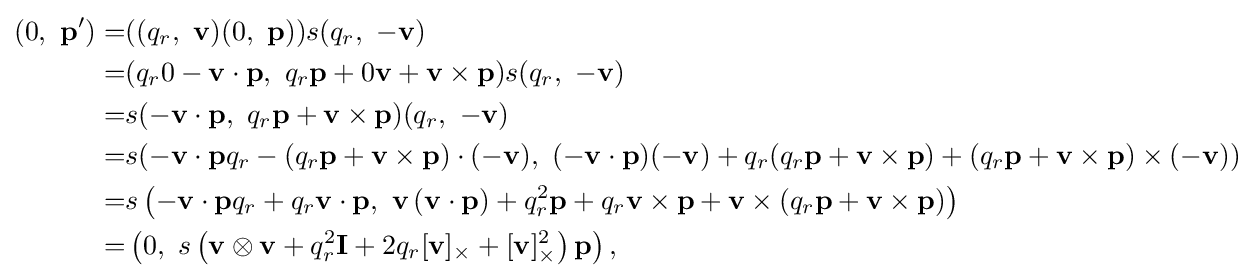
{\begin{aligned}(0,\ \mathbf {p} ')=&((q_{r},\ \mathbf {v} )(0,\ \mathbf {p} ))s(q_{r},\ -\mathbf {v} )\\=&(q_{r}0-\mathbf {v} \cdot \mathbf {p} ,\ q_{r}\mathbf {p} +0\mathbf {v} +\mathbf {v} \times \mathbf {p} )s(q_{r},\ -\mathbf {v} )\\=&s(-\mathbf {v} \cdot \mathbf {p} ,\ q_{r}\mathbf {p} +\mathbf {v} \times \mathbf {p} )(q_{r},\ -\mathbf {v} )\\=&s(-\mathbf {v} \cdot \mathbf {p} q_{r}-(q_{r}\mathbf {p} +\mathbf {v} \times \mathbf {p} )\cdot (-\mathbf {v} ),\ (-\mathbf {v} \cdot \mathbf {p} )(-\mathbf {v} )+q_{r}(q_{r}\mathbf {p} +\mathbf {v} \times \mathbf {p} )+(q_{r}\mathbf {p} +\mathbf {v} \times \mathbf {p} )\times (-\mathbf {v} ))\\=&s\left(-\mathbf {v} \cdot \mathbf {p} q_{r}+q_{r}\mathbf {v} \cdot \mathbf {p} ,\ \mathbf {v} \left(\mathbf {v} \cdot \mathbf {p} \right)+q_{r}^{2}\mathbf {p} +q_{r}\mathbf {v} \times \mathbf {p} +\mathbf {v} \times \left(q_{r}\mathbf {p} +\mathbf {v} \times \mathbf {p} \right)\right)\\=&\left(0,\ s\left(\mathbf {v} \otimes \mathbf {v} +q_{r}^{2}\mathbf {I} +2q_{r}[\mathbf {v} ]_{\times }+[\mathbf {v} ]_{\times }^{2}\right)\mathbf {p} \right),\end{aligned}}